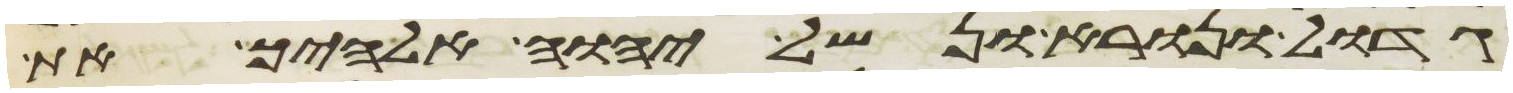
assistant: גדול ונורא ונשל יהוה אלהיך את